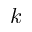
k